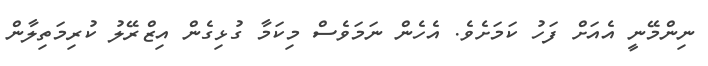
ނިންމޭނީ އެއަށް ފަހު ކަމަށެވެ. އެހެން ނަމަވެސް މިކަމާ ގުޅިގެން އިޒްރޭލު ކުރިމަތިލާން